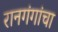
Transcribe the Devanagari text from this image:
रानगंगांचा